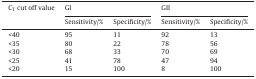
<table><thead><tr><td><b>C<sub>T</sub> cut off value</b></td><td colspan="2"><b>GI</b></td><td colspan="2"><b>GII</b></td></tr><tr><td></td><td><b>Sensitivity/%</b></td><td><b>Specificity/%</b></td><td><b>Sensitivity/%</b></td><td><b>Specificity/%</b></td></tr></thead><tbody><tr><td>&lt;40</td><td>95</td><td>11</td><td>92</td><td>13</td></tr><tr><td>&lt;35</td><td>80</td><td>22</td><td>78</td><td>56</td></tr><tr><td>&lt;30</td><td>68</td><td>33</td><td>70</td><td>69</td></tr><tr><td>&lt;25</td><td>41</td><td>78</td><td>47</td><td>94</td></tr><tr><td>&lt;20</td><td>15</td><td>100</td><td>8</td><td>100</td></tr></tbody></table>